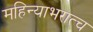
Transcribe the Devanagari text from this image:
महिन्याभरात्च